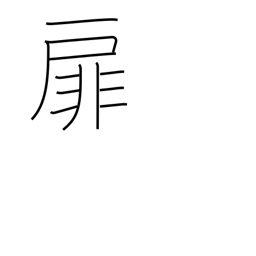
Meaning: front page